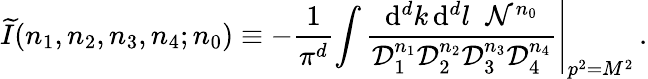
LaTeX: \widetilde{I}(n_{1},n_{2},n_{3},n_{4};n_{0})\equiv-\frac{1}{\pi^{d}}\left.\int\frac{\mathrm{d}^{d}k\, \mathrm{d}^{d}l\; \; \mathcal{N}^{n_{0}}}{\mathcal{D}_{1}^{n_{1}}\mathcal{D}_{2}^{n_{2}}\mathcal{D}_{3}^{n_{3}}\mathcal{D}_{4}^{n_{4}}}\right|_{p^{2}=M^{2}}\, .